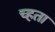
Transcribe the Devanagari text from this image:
च्हता